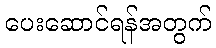
ပေးဆောင်ရန်အတွက်